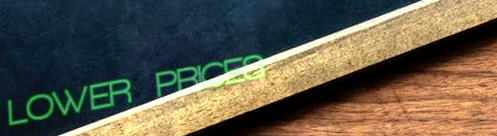
LOWER PRICES